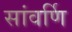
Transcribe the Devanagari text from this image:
सांवर्णि